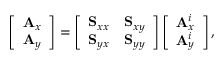
\centering \left[ \begin{array} { l } { \mathbf { A } _ { x } } \\ { \mathbf { A } _ { y } } \end{array} \right] = \left[ \begin{array} { l l } { \mathbf { S } _ { x x } } & { \mathbf { S } _ { x y } } \\ { \mathbf { S } _ { y x } } & { \mathbf { S } _ { y y } } \end{array} \right] \left[ \begin{array} { l } { \mathbf { A } _ { x } ^ { i } } \\ { \mathbf { A } _ { y } ^ { i } } \end{array} \right] ,